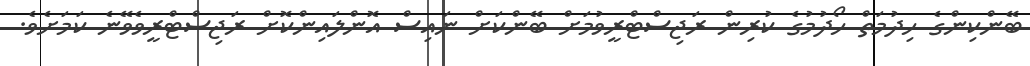
ބޭންކިންގެ ހިދުމަތް ހޯދުމުގެ ކުރިން ރަޖިސްޓްރީވުމަށް ބޭންކަށް ނައިސް އޮންލައިންކޮށް ރަޖިސްޓްރީވެވޭނެ ކަމަށެވެ.